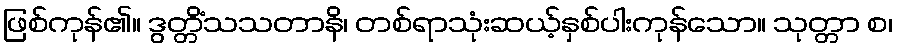
ဖြစ်ကုန်၏။ ဒွတ္တိံသသတာနိ၊ တစ်ရာသုံးဆယ့်နှစ်ပါးကုန်သော။ သုတ္တာ စ၊